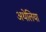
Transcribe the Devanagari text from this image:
अथेलिया